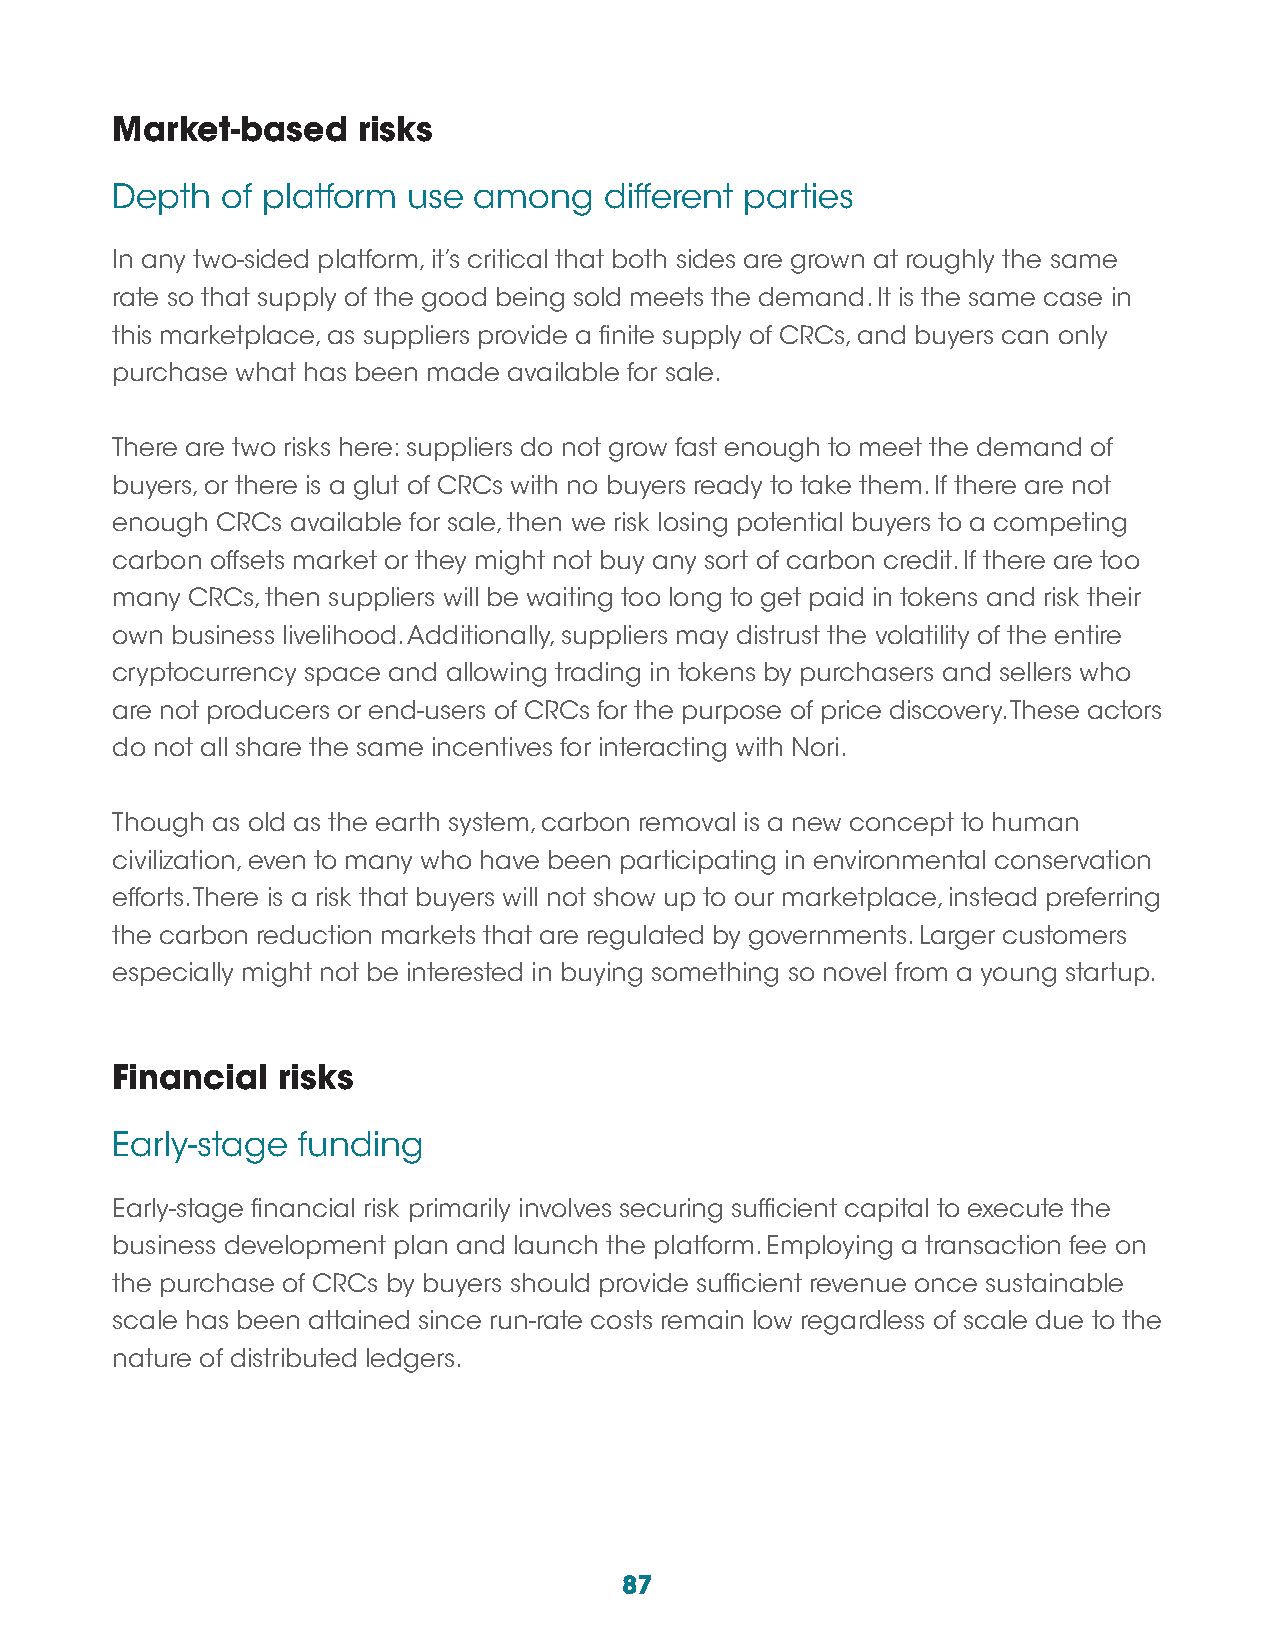
Market-based     risks
 Depth   of platform use among    different parties
 In any two-sided platform, it’s critical that both sides are grown at roughly the same
 rate so that supply of the good being sold meets the demand. It is the same case in
 this marketplace, as suppliers provide a finite supply of CRCs, and buyers can only
 purchase what has been made available for sale.
 There are two risks here: suppliers do not grow fast enough to meet the demand of
 buyers, or there is a glut of CRCs with no buyers ready to take them. If there are not
 enough CRCs available for sale, then we risk losing potential buyers to a competing
 carbon offsets market or they might not buy any sort of carbon credit. If there are too
 many CRCs, then suppliers will be waiting too long to get paid in tokens and risk their
 own business livelihood. Additionally, suppliers may distrust the volatility of the entire
 cryptocurrency space and allowing trading in tokens by purchasers and sellers who
 are not producers or end-users of CRCs for the purpose of price discovery. These actors
 do not all share the same incentives for interacting with Nori.
 Though as old as the earth system, carbon removal is a new concept to human
 civilization, even to many who have been participating in environmental conservation
 efforts. There is a risk that buyers will not show up to our marketplace, instead preferring
 the carbon reduction markets that are regulated by governments. Larger customers
 especially might not be interested in buying something so novel from a young startup.
 Financial  risks
 Early-stage  funding
 Early-stage financial risk primarily involves securing sufficient capital to execute the
 business development plan and launch the platform. Employing a transaction fee on
 the purchase of CRCs by buyers should provide sufficient revenue once sustainable
 scale has been attained since run-rate costs remain low regardless of scale due to the
 nature of distributed ledgers.
 87